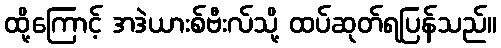
ထို့ကြောင့် အဒဲယားစ်ဗီးလ်သို့ ထပ်ဆုတ်ရပြန်သည်။